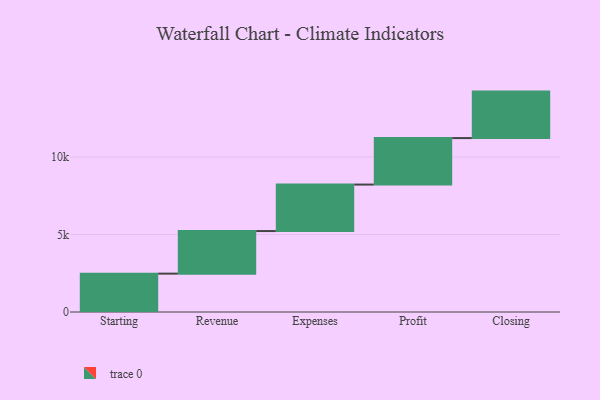
{"axis": {"x": "Step", "y": "Value"}, "legend": [""], "data": [{"x": "Starting", "y": 2476.0, "type": ""}, {"x": "Revenue", "y": 2748.0, "type": ""}, {"x": "Expenses", "y": 3000, "type": ""}, {"x": "Profit", "y": 3000, "type": ""}, {"x": "Closing", "y": 3000, "type": ""}]}